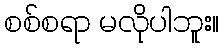
စစ်စရာ မလိုပါဘူး။